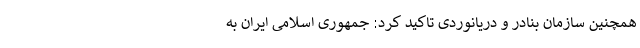
همچنین سازمان بنادر و دریانوردی تاکید کرد: جمهوری اسلامی ایران به